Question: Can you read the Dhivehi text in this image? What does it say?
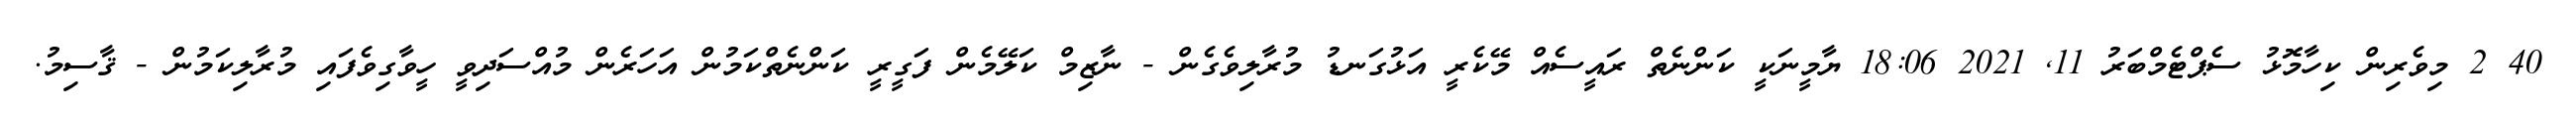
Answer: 40 2 މިވެރިން ކިހާމޮޅު ސެޕްޓެމްބަރު 11, 2021 18:06 ޔާމީނަކީ ކަންނެތް ރައީސެއް މޭކެރީ އަޅުގަނޑު މުރާލިވެގެން - ނާޒިމް ކަލޭމެން ފަގީރީ ކަންނެތްކަމުން އަހަރެން މުއްސަދިވީ ހީވާގިވެފައި މުރާލިކަމުން - ޤާސިމު.